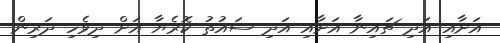
އަށާއި އަދި ޗައިނާ އަށާއި އަދި ސައުތު ކޮރެޔާ އަށް ދިވެހި ދަރިން